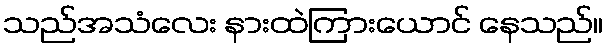
သည်အသံလေး နားထဲကြားယောင် နေသည်။